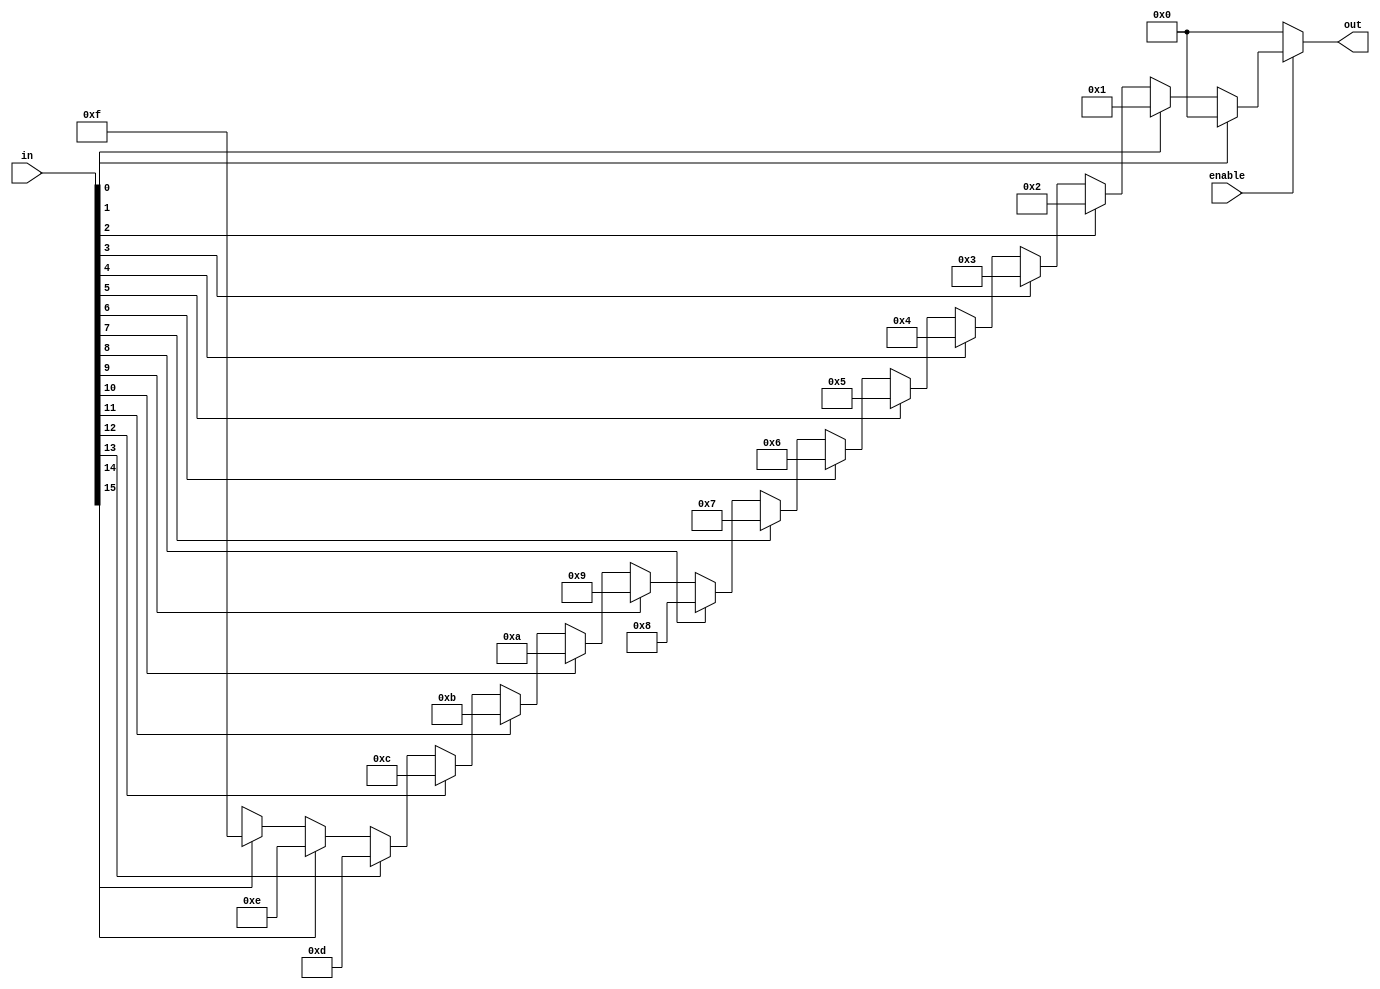
module priority_encoder_16_to_4 (
   out,
   in,
   enable
);

output[3:0] out;
input[15:0] in;
input enable;

assign out =
      (!enable) ? 4'd0 : (
      (in[0]) ? 4'd0 :
      (in[1]) ? 4'd1 :
      (in[2]) ? 4'd2 :
      (in[3]) ? 4'd3 :
      (in[4]) ? 4'd4 :
      (in[5]) ? 4'd5 :
      (in[6]) ? 4'd6 :
      (in[7]) ? 4'd7 :
      (in[8]) ? 4'd8 :
      (in[9]) ? 4'd9 :
      (in[10]) ? 4'd10 :
      (in[11]) ? 4'd11 :
      (in[12]) ? 4'd12 :
      (in[13]) ? 4'd13 :
      (in[14]) ? 4'd14 :
      (in[15]) ? 4'd15 :  {4{1'bx}});

endmodule